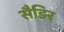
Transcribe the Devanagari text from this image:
सैडिर